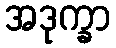
အဒုက္ခာ